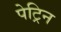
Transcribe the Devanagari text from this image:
पेट्रिन